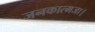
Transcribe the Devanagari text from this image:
जनकात्मजा।